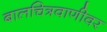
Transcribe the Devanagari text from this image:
बालचित्रवाणीवर